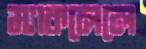
ম্যাকলেলে